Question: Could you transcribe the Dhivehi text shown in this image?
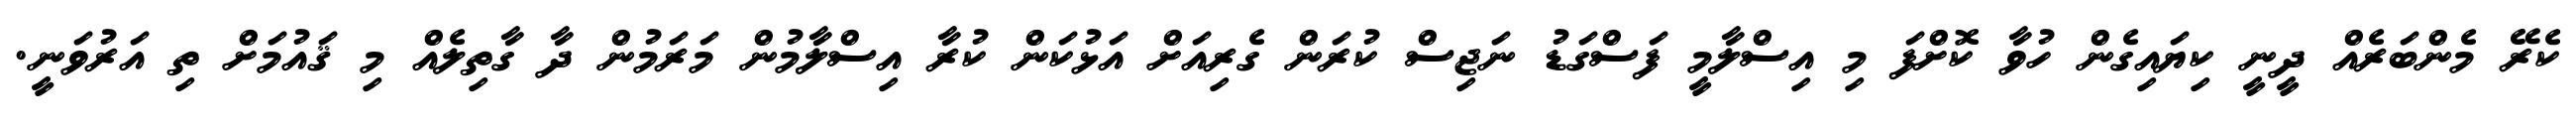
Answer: ކެރޭ މެންބަރެއް ދީނީ ކިޔައިގެން ހުވާ ކޮށްފަ މި އިސްލާމީ ފަސްގަޑު ނަޖިސް ކުރަން ގެރިއަށް އަޅުކަން ކުރާ އިސްލާމުން މަރަމުން ދާ ގާތިލެއް މި ޤައުމަށް ތި އަރުވަނީ.